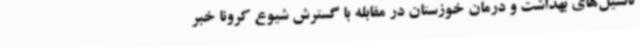
تانسیل‌های بهداشت و درمان خوزستان در مقابله با گسترش شیوع کرونا خبر